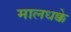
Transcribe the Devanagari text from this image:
मालधक्के